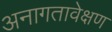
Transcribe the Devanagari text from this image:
अनागतावेक्षण